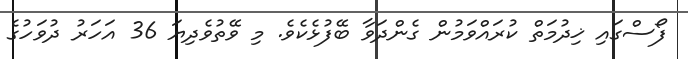
ފޯސްގައި ޚިދުމަތް ކުރައްވަމުން ގެންދަވާ ބޭފުޅެކެވެ. މި ވޭތުވެދިޔަ 36 އަހަރު ދުވަހުގެ